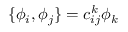
\{ \phi _ { i } , \phi _ { j } \} = c _ { i j } ^ { k } \phi _ { k }